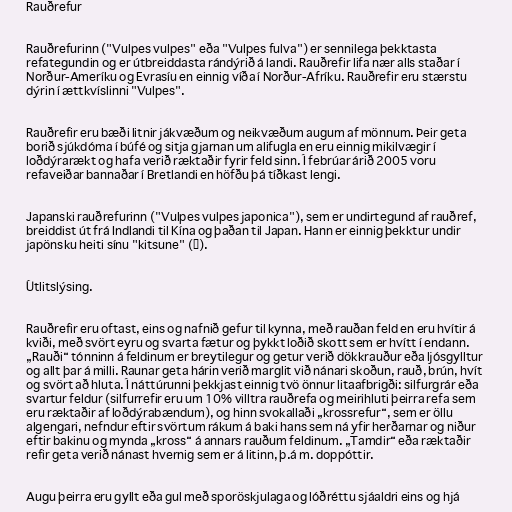
Rauðrefur

Rauðrefurinn ("Vulpes vulpes" eða "Vulpes fulva") er sennilega þekktasta
refategundin og er útbreiddasta rándýrið á landi. Rauðrefir lifa nær alls staðar í
Norður-Ameríku og Evrasíu en einnig víða í Norður-Afríku. Rauðrefir eru stærstu
dýrin í ættkvíslinni "Vulpes".

Rauðrefir eru bæði litnir jákvæðum og neikvæðum augum af mönnum. Þeir geta
borið sjúkdóma í búfé og sitja gjarnan um alifugla en eru einnig mikilvægir í
loðdýrarækt og hafa verið ræktaðir fyrir feld sinn. Í febrúar árið 2005 voru
refaveiðar bannaðar í Bretlandi en höfðu þá tíðkast lengi.

Japanski rauðrefurinn ("Vulpes vulpes japonica"), sem er undirtegund af rauðref,
breiddist út frá Indlandi til Kína og þaðan til Japan. Hann er einnig þekktur undir
japönsku heiti sínu "kitsune" (狐).

Útlitslýsing.

Rauðrefir eru oftast, eins og nafnið gefur til kynna, með rauðan feld en eru hvítir á
kviði, með svört eyru og svarta fætur og þykkt loðið skott sem er hvítt í endann.
„Rauði“ tónninn á feldinum er breytilegur og getur verið dökkrauður eða ljósgylltur
og allt þar á milli. Raunar geta hárin verið marglit við nánari skoðun, rauð, brún, hvít
og svört að hluta. Í náttúrunni þekkjast einnig tvö önnur litaafbrigði: silfurgrár eða
svartur feldur (silfurrefir eru um 10% villtra rauðrefa og meirihluti þeirra refa sem
eru ræktaðir af loðdýrabændum), og hinn svokallaði „krossrefur“, sem er öllu
algengari, nefndur eftir svörtum rákum á baki hans sem ná yfir herðarnar og niður
eftir bakinu og mynda „kross“ á annars rauðum feldinum. „Tamdir“ eða ræktaðir
refir geta verið nánast hvernig sem er á litinn, þ.á m. doppóttir.

Augu þeirra eru gyllt eða gul með sporöskjulaga og lóðréttu sjáaldri eins og hjá